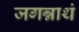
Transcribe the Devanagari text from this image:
जगन्नाथं